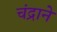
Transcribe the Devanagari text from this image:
चंद्राने